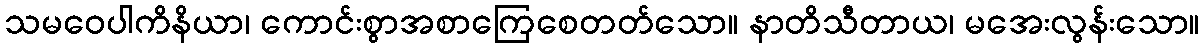
သမဝေပါကိနိယာ၊ ကောင်းစွာအစာကြေစေတတ်သော။ နာတိသီတာယ၊ မအေးလွန်းသော။